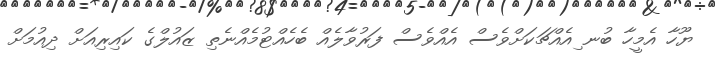
ޔޫހާ އެމީހާ ބުނ ިއެއްޗަކަށްވެސް އެއްވެސް ފަރުވާލެއް ބެހެއްޓުމެއްނެތި ޒައުލްގެ ކައިރިއަށް ދިއުމަށް